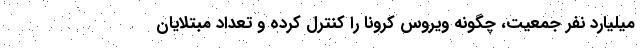
میلیارد نفر جمعیت، چگونه ویروس کرونا را کنترل کرده و تعداد مبتلایان